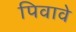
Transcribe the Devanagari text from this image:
पिवावे